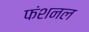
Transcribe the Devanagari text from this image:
फंशनल